Lunatic asylums Madras 1877-1891 - 1877-1891
Year: 1877
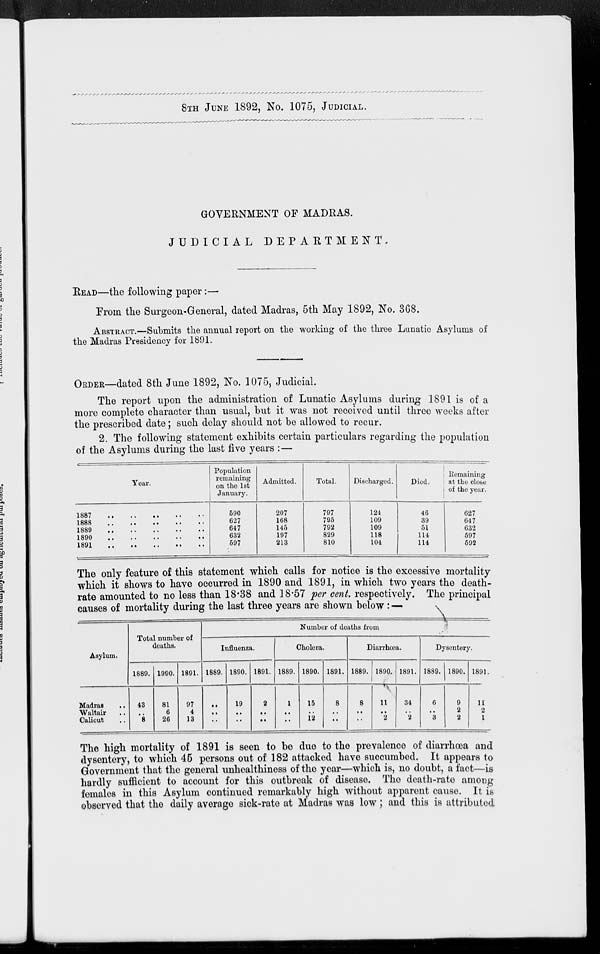
8TH JUNE 1892, No. 1075, JUDICIAL.
GOVERNMENT OF MADRAS.
JUDICIAL
DEPARTMENT
READ—the following paper:—
From the Surgeon-General, dated Madras, 5th May 1892, No. 368.
ABSTRACT.—Submits the annual report on the working of the three Lunatic Asylums of
the Madras Presidency for 1891.
ORDER—dated 8th June 1892, No. 1075, Judicial.
The report upon the administration of Lunatic Asylums during 1891 is of a
more complete character than usual, but it was not received until three weeks after
the prescribed date; such delay should not be allowed to recur.
2. The following statement exhibits certain particulars regarding the population
of the Asylums during the last five years : —
Year.
1887
..
..
..
..
..
1888
..
..
..
..
..
1889
..
..
..
..
..
1890
..
..
..
..
..
1891
..
..
..
..
..
Population
remaining
on the 1st
January.
590
627
647
632
597
Admitted.
207
168
145
197
213
Total.
797
795
792
829
810
Discharged.
124
109
109
118
104
Died.
46
39
51
114
114
Remaining
at the close
of the year.
627
647
632
597
592
The only feature of this statement which calls for notice is the excessive mortality
which it shows to have occurred in 1890 and 1891, in which two years the death¬
rate amounted to no less than 18.38 and 18.57 per cent. respectively. The principal
causes of mortality during the last three years are shown below : —
Asylum.
Madras ..
Waltair ..
Calicut ..
Total number of
deaths.
1889.
43
..
8
1990.
81
6
26
1891.
97
4
13
Number of deaths from
Influenza.
1889.
..
..
..
1890.
19
..
..
1891.
2
..
..
Cholera.
1889.
1
..
..
1890.
15
..
12
1891.
8
..
..
Diarrhœa.
1889.
8
..
..
1890.
11
..
2
1891.
34
..
2
Dysentery.
1889.
6
..
3
1890.
9
2
2
1891.
11
2
1
The high mortality of 1891 is seen to be due to the prevalence of diarrhoea and
dysentery, to which 45 persons out of 182 attacked have succumbed. It appears to
Government that the general unhealthiness of the year—which is, no doubt, a fact—is
hardly sufficient to account for this outbreak of disease. The death-rate among
females in this Asylum continued remarkably high without apparent cause. It is
observed that the daily average sick-rate at Madras was low; and this is attributed